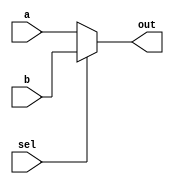
module multiplexer2(a, b, sel, out);
	input a, b, sel;
	output out;
	reg out;
	
	always @ (a, b, sel) begin
		if (sel) out = b;
		else out = a;
	end
	
endmodule